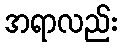
အရာလည်း